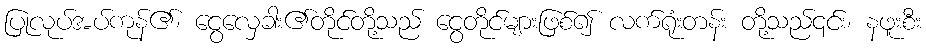
ပြုလုပ်အပ်ကုန်၏၊ ငွေလှေခါး၏တိုင်တို့သည် ငွေတိုင်များဖြစ်၍ လက်ရုံးတန်း တို့သည်၎င်း၊ နဖူးစီး